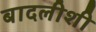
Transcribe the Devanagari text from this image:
बादलीशी